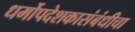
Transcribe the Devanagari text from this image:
धर्मोपदेशकासंबंधीचा